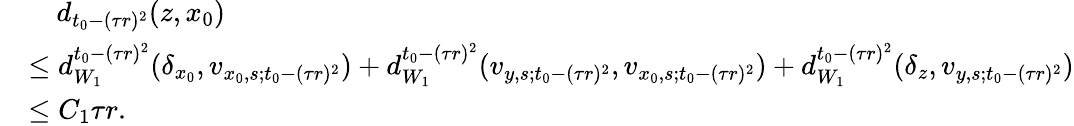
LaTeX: \begin{array}{rl}&{\quad d_{t_{0}-(\tau r)^{2}}(z,x_{0})}\\ &{\le d_{W_{1}}^{t_{0}-(\tau r)^{2}}(\delta_{x_{0}},v_{x_{0},s;t_{0}-(\tau r)^{2}})+d_{W_{1}}^{t_{0}-(\tau r)^{2}}(v_{y,s;t_{0}-(\tau r)^{2}},v_{x_{0},s;t_{0}-(\tau r)^{2}})+d_{W_{1}}^{t_{0}-(\tau r)^{2}}(\delta_{z},v_{y,s;t_{0}-(\tau r)^{2}})}\\ &{\le C_{1}\tau r.}\end{array}